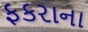
ફકરાના